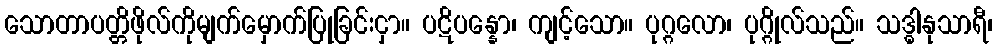
သောတာပတ္တိဖိုလ်ကိုမျက်မှောက်ပြုခြင်းငှာ။ ပဋိပန္နော၊ ကျင့်သော။ ပုဂ္ဂလော၊ ပုဂ္ဂိုလ်သည်။ သဒ္ဓါနုသာရီ၊